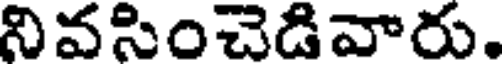
నివసించెడివారు.